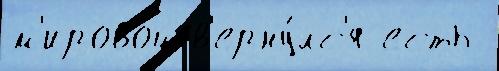
м'ирово́й в'ерну́лс'я есть